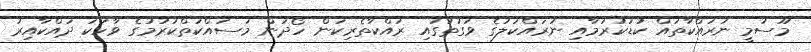
މޫސުމީ ނުރައްކާތައް ކުޑަކުރުމާއި ނުރައްކަލުގެ ވަގުތުގައި ރައްކާތެރިކަން ހޯދަން މަސައްކަތްކުރުމުގެ ވާހަކަ ދައްކާއިރު